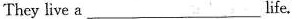
They live a __life.